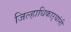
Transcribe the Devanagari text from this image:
जिल्हाधिकाऱ्यांनी